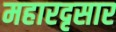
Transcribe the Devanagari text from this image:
महारदृसार